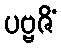
ပဗ္ဗဇိံ